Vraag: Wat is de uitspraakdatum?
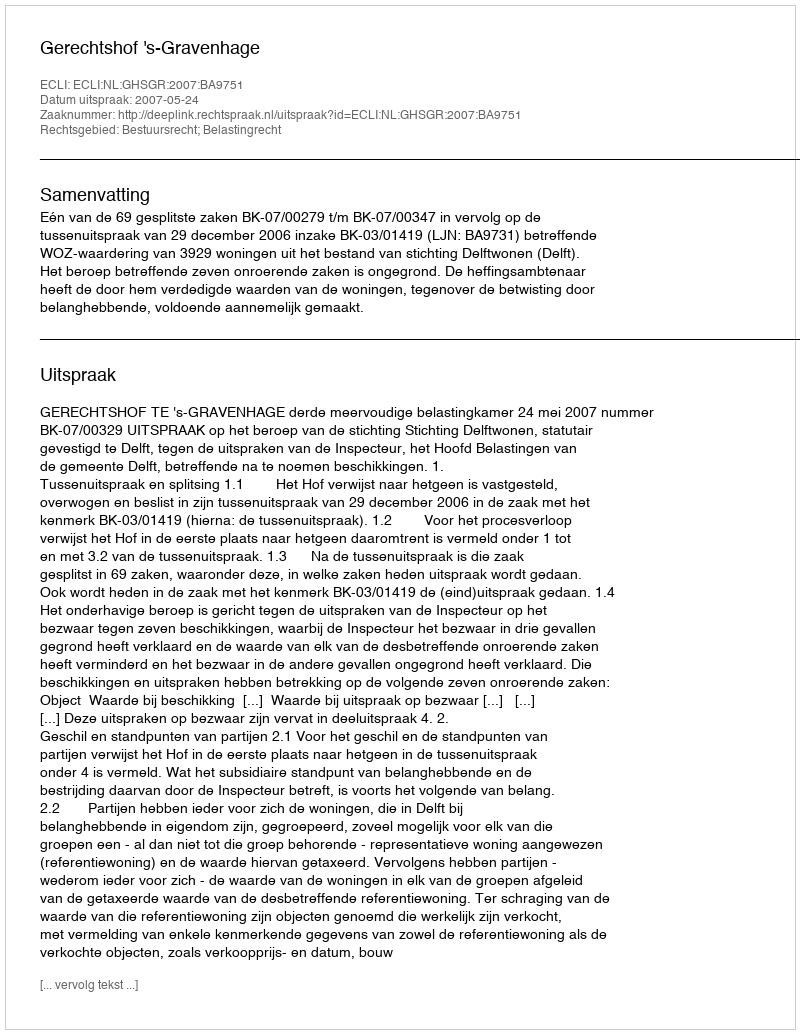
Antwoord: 2007-05-24